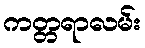
ကတ္တရာလမ်း